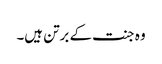
وہ جنت کے برتن ہیں۔